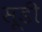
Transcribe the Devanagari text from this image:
सूडी